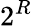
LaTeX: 2^{R}